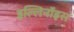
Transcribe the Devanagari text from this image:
इल्लिनॉइस